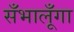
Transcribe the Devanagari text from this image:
सँभालूँगा